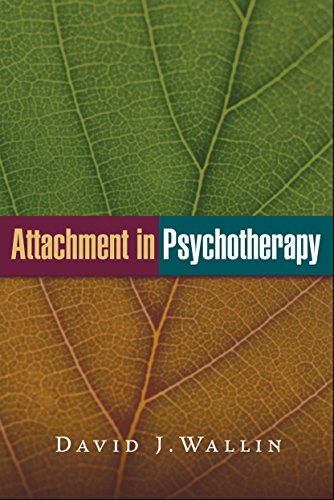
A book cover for Attachment in Psychotherapy; David J. Wallin PhD; Medical Books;